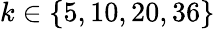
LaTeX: k\in\{ 5,10,20,36\}